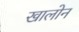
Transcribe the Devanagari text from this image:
खालोन